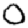
Digit: 0